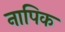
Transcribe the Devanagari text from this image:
नापिक